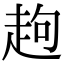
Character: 䞤